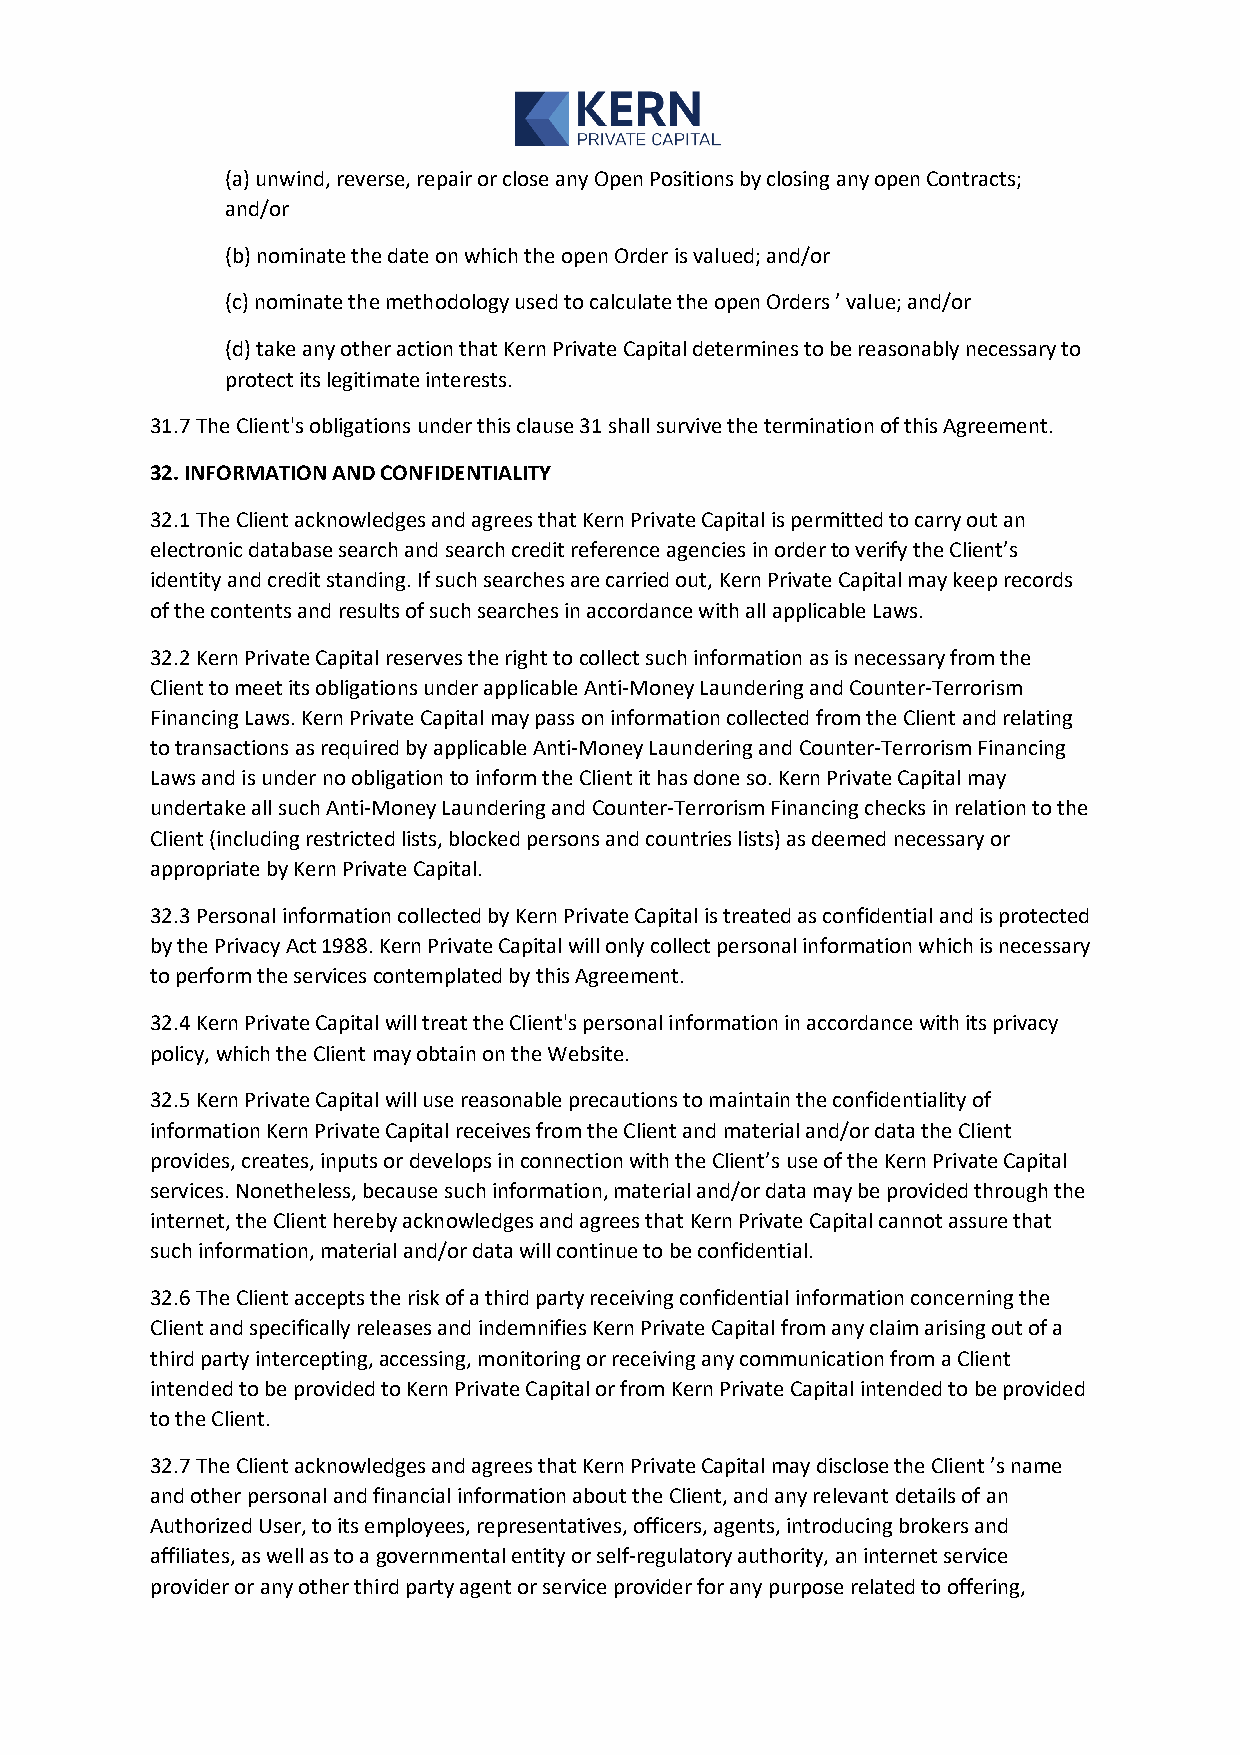
(a) unwind, reverse, repair or close any Open Positions by closing any open Contracts;
 and/or
 (b) nominate the date on which the open Order is valued; and/or
 (c) nominate the methodology used to calculate the open Orders ’ value; and/or
 (d) take any other action that Kern Private Capital determines to be reasonably necessary to
 protect its legitimate interests.
 31.7 The Client's obligations under this clause 31 shall survive the termination of this Agreement.
 32. INFORMATION AND CONFIDENTIALITY
 32.1 The Client acknowledges and agrees that Kern Private Capital is permitted to carry out an
 electronic database search and search credit reference agencies in order to verify the Client’s
 identity and credit standing. If such searches are carried out, Kern Private Capital may keep records
 of the contents and results of such searches in accordance with all applicable Laws.
 32.2 Kern Private Capital reserves the right to collect such information as is necessary from the
 Client to meet its obligations under applicable Anti-Money Laundering and Counter-Terrorism
 Financing Laws. Kern Private Capital may pass on information collected from the Client and relating
 to transactions as required by applicable Anti-Money Laundering and Counter-Terrorism Financing
 Laws and is under no obligation to inform the Client it has done so. Kern Private Capital may
 undertake all such Anti-Money Laundering and Counter-Terrorism Financing checks in relation to the
 Client (including restricted lists, blocked persons and countries lists) as deemed necessary or
 appropriate by Kern Private Capital.
 32.3 Personal information collected by Kern Private Capital is treated as confidential and is protected
 by the Privacy Act 1988. Kern Private Capital will only collect personal information which is necessary
 to perform the services contemplated by this Agreement.
 32.4 Kern Private Capital will treat the Client's personal information in accordance with its privacy
 policy, which the Client may obtain on the Website.
 32.5 Kern Private Capital will use reasonable precautions to maintain the confidentiality of
 information Kern Private Capital receives from the Client and material and/or data the Client
 provides, creates, inputs or develops in connection with the Client’s use of the Kern Private Capital
 services. Nonetheless, because such information, material and/or data may be provided through the
 internet, the Client hereby acknowledges and agrees that Kern Private Capital cannot assure that
 such information, material and/or data will continue to be confidential.
 32.6 The Client accepts the risk of a third party receiving confidential information concerning the
 Client and specifically releases and indemnifies Kern Private Capital from any claim arising out of a
 third party intercepting, accessing, monitoring or receiving any communication from a Client
 intended to be provided to Kern Private Capital or from Kern Private Capital intended to be provided
 to the Client.
 32.7 The Client acknowledges and agrees that Kern Private Capital may disclose the Client ’s name
 and other personal and financial information about the Client, and any relevant details of an
 Authorized User, to its employees, representatives, officers, agents, introducing brokers and
 affiliates, as well as to a governmental entity or self-regulatory authority, an internet service
 provider or any other third party agent or service provider for any purpose related to offering,